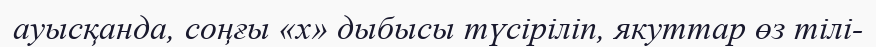
ауысқанда, соңғы «х» дыбысы түсіріліп, якуттар өз тілі-